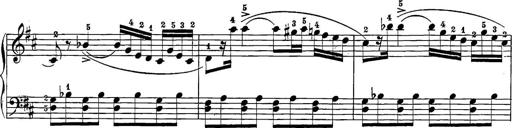
Title: 12 Sonatine per Pianoforte
Composer: Friedrich Kuhlau